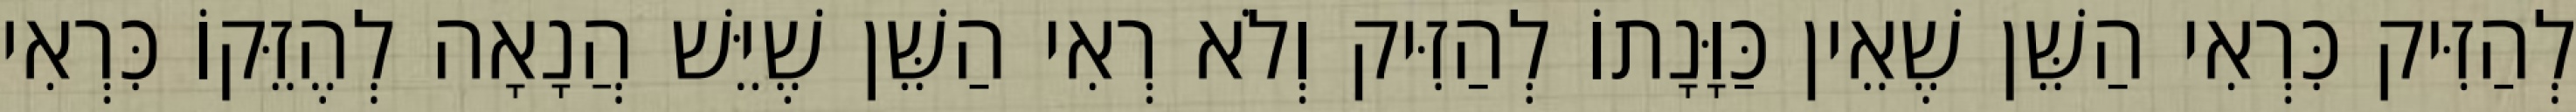
לְהַזִּיק כִּרְאִי הַשֵּׁן שֶׁאֵין כַּוָּנָתוֹ לְהַזִּיק וְלֹא רְאִי הַשֵּׁן שֶׁיֵּשׁ הֲנָאָה לְהֶזֵּקוֹ כִּרְאִי